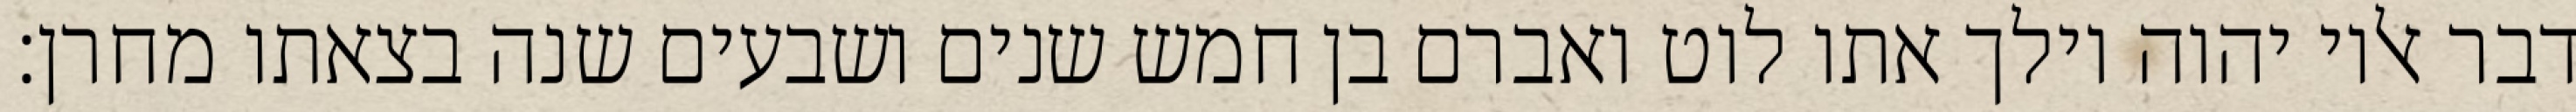
דבר אליו יהוה וילך אתו לוט ואברם בן חמש שנים ושבעים שנה בצאתו מחרן׃